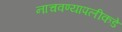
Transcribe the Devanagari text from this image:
नाचवण्यापलीकडे